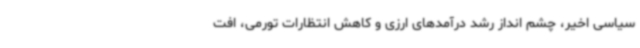
سیاسی اخیر، چشم انداز رشد درآمدهای ارزی و کاهش انتظارات تورمی، افت